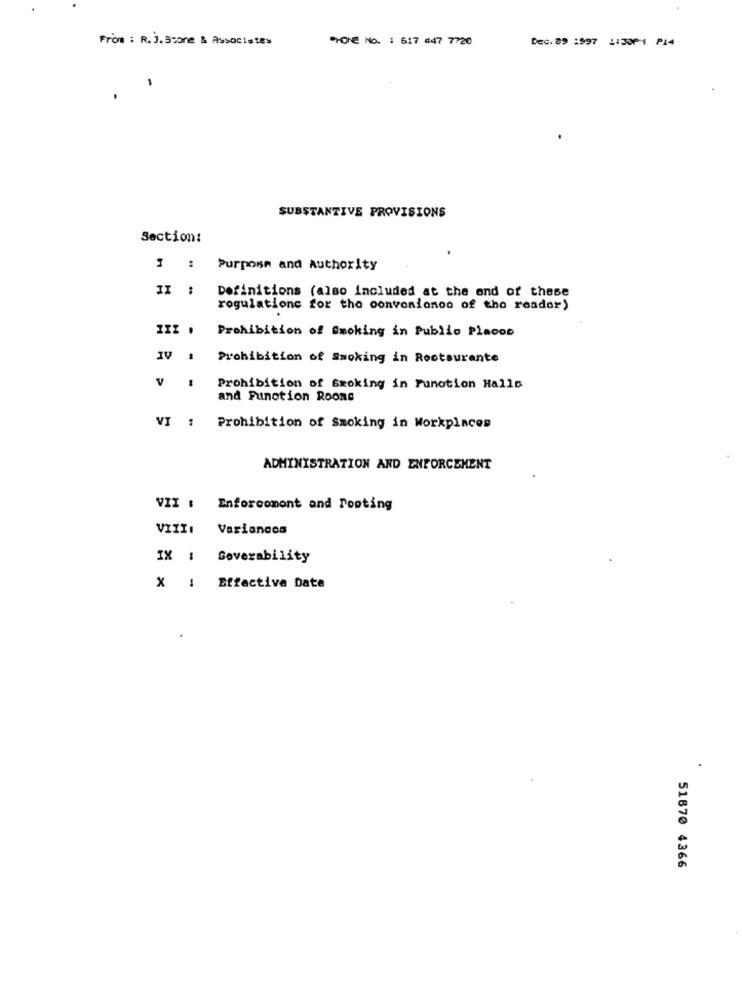
From : R. J.Stone & Associates
PHONE No. : 517 #47 7720
Dec. 89 1997 1:30PM P14
SUBSTANTIVE PROVISIONS
Section:
3 : Purpose and Authority
II :
Definitions (also included at the end of these
rogulationc for the convenionon of the reader)
III . Prohibition of Smoking in Publio Placoo
IV #
Prohibition of Smoking in Rootsurante
V
Prohibition of Smoking in Function Halls
and Function Roone
VI :
Prohibition of Smoking in Workplaces
ADMINISTRATION AND ENFORCEMENT
VII : Enforcomont and Tooting
VIII: Variancon
IX : Goverability
X : Effective Date
.
51870 4366